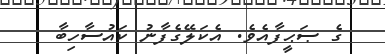
ގެ ޞަޙީފާއެވެ. އެކަލޭގެފާނު ކައުސާހިބާ